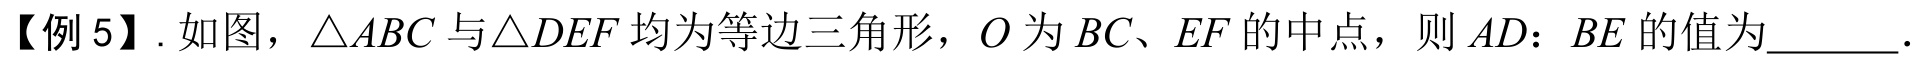
【例5】. 如图，\(\triangle ABC\) 与\(\triangle DEF\) 均为等边三角形，\(O\) 为 \(BC\)、\(EF\) 的中点，则 \(AD:BE\) 的值为  ．